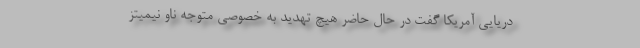
دریایی آمریکا گفت در حال حاضر هیچ تهدید به خصوصی متوجه ناو نیمیتز